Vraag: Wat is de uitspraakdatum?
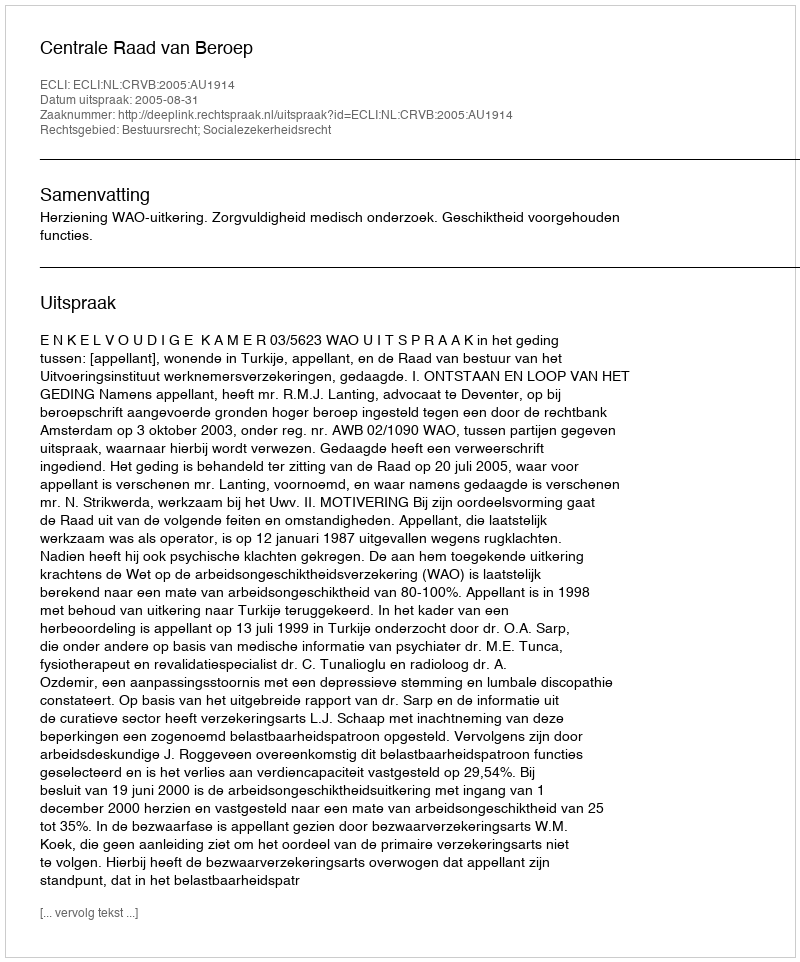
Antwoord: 2005-08-31